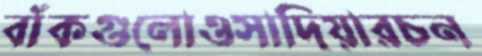
বাঁকগুলোওসাদিয়ারচন